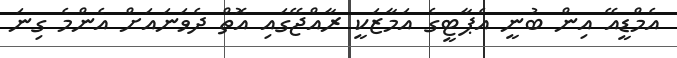
އެމްޑީއޭ އިން ބުނީ އެޕާޓީގެ އަމާޒަކީ ރާއްޖޭގައި އޮތް ދެވަނައަށް އެންމެ ގިނަ